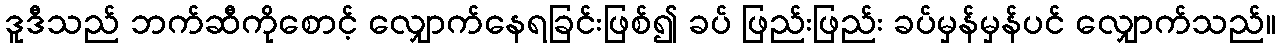
ဒူဒီသည် ဘက်ဆီကိုစောင့် လျှောက်နေရခြင်းဖြစ်၍ ခပ် ဖြည်းဖြည်း ခပ်မှန်မှန်ပင် လျှောက်သည်။